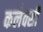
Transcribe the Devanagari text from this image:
कलेक्सी